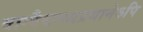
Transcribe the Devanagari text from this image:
वाग्वैधग्ध्यप्रधानेऽपि